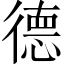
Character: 德